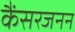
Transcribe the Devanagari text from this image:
कैंसरजनन